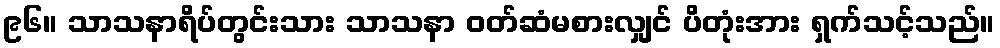
၉၆။ သာသနာရိပ်တွင်းသား သာသနာ ဝတ်ဆံမစားလျှင် ပိတုံးအား ရှက်သင့်သည်။